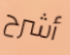
أشرح